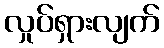
လှုပ်ရှားလျက်